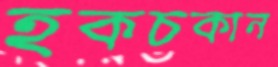
হকচকান